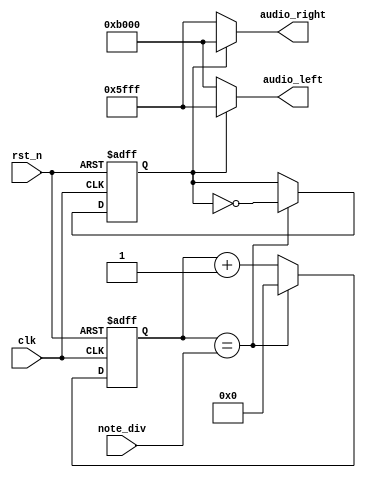
module note_gen( clk, // clock from crystal 
rst_n, // active low reset 
note_div, // div for note generation 
audio_left, // left sound audio 
audio_right // right sound audio
);

// I/O declaration
input clk; // clock from crystal
input rst_n; // active low reset
input [21:0] note_div; // div for note generation
output [15:0] audio_left; // left sound audio
output [15:0] audio_right; // right sound audio

// Declare internal signals
reg [21:0] clk_cnt_next, clk_cnt;
reg b_clk, b_clk_next; // Note frequency generation

always @(posedge clk or negedge rst_n) 
if (~rst_n) begin 
clk_cnt <= 22'd0; 
b_clk <= 1'b0; 
end 

else begin 
clk_cnt <= clk_cnt_next; 
b_clk <= b_clk_next; 
end

always @* 
if (clk_cnt == note_div) 
begin 
clk_cnt_next = 22'd0; 
b_clk_next = ~b_clk; 
end 

else begin 
clk_cnt_next = clk_cnt + 1'b1; 
b_clk_next = b_clk; 
end 
// Assign the amplitude of the note
assign audio_left = (b_clk == 1'b0) ? 16'hB000 : 16'h5FFF;
assign audio_right = (b_clk == 1'b1) ? 16'hB000 : 16'h5FFF;
endmodule